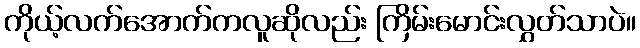
ကိုယ့်လက်အောက်ကလူဆိုလည်း ကြိမ်းမောင်းလွှတ်သာပဲ။